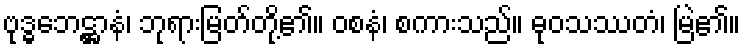
ဗုဒ္ဓဘေဋ္ဌာနံ၊ ဘုရားမြတ်တို့၏။ ဝစနံ၊ စကားသည်။ ဓုဝသဿတံ၊ မြဲ၏။